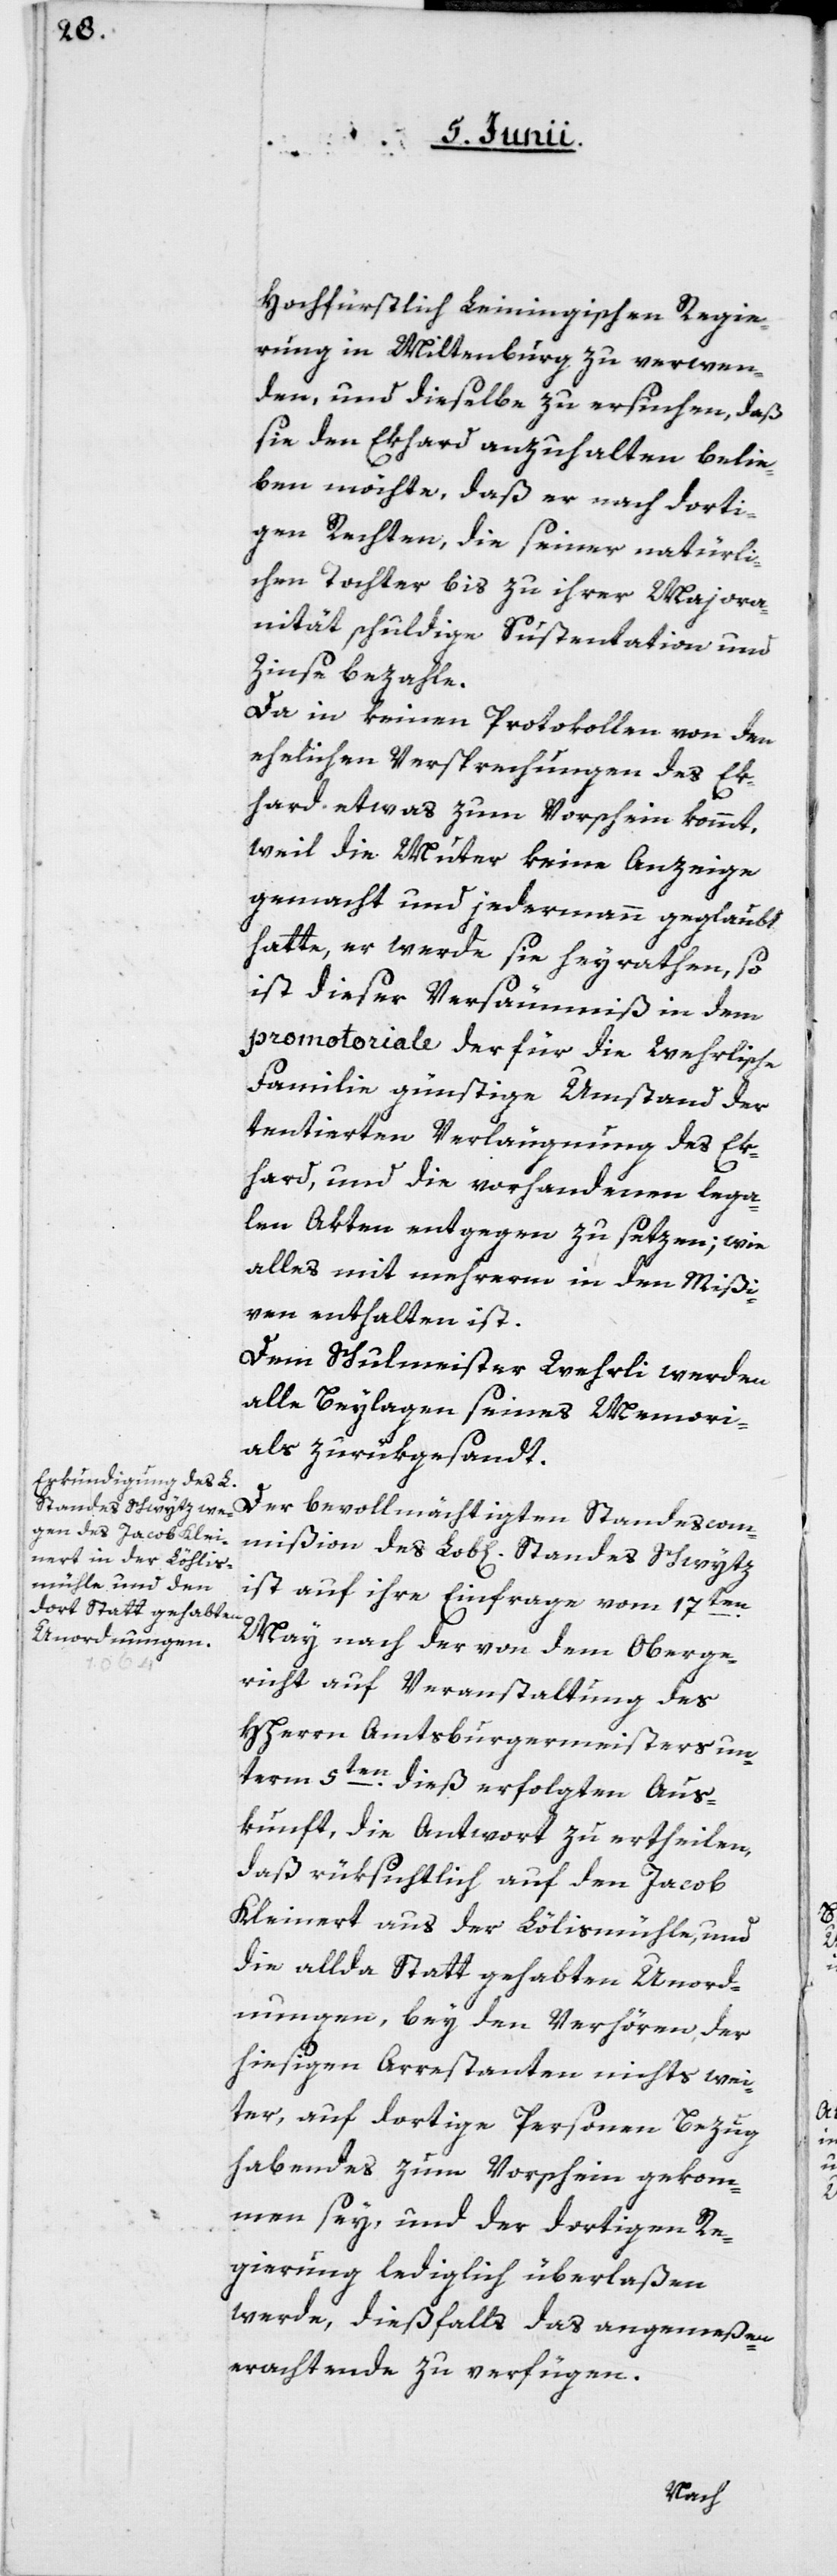
Hochfürstlich Leiningischen Regie¬
rung in Miltenburg zu verwen¬
den, und dieselbe zu ersuchen, daß
sie den Ekhard anzuhalten belie¬
ben möchte, daß er nach dorti¬
gen Rechten, die seiner natürli¬
chen Tochter bis zu ihrer Majora¬
nität schuldige Suspentation und
Zinse bezahle.
Da in keinen Protokollen von den
ehelichen Versprechungen des Ek¬
hard etwas zum Vorschein kommt,
weil die Mutter keine Anzeige
gemacht und jedermann geglaubt
hatte, er werde sie heyrathen, so
ist dieser Versäumniß in dem
promotoriale der für die Wehrlische
Familie günstige Umstand der
tentierten Verlängerung des Ek¬
hard, und die vorhandenen lega¬
len Akten entgegen zu setzen; wie
alles mit mehrerm in den Mißi¬
ven enthalten ist.
Dem Schulmeister Wehrli werden
alle Beylagen seines Memori¬
als zurükgesandt.
Der bevollmächtigten Standescom¬
mißion des Lob]lichen] Standes Schwytz
ist auf ihre Einfrage vom 17ten
May nach der von dem Oberge¬
richt auf Veranstaltung des
Hherrn Amtsburgermeisters un¬
term 5ten dieß erfolgten Aus¬
kunft, die Antwort zu ertheilen,
daß rüksichtlich auf den Jacob
Kleinert aus der Lölismühle, und
die allda Statt gehabten Unord¬
nungen, bey den Verhören, der
hiesigen Arrestanten nichts wei¬
ter, auf dortige Personen Bezug
habendes zum Vorschein gekom¬
men sey, und der dortigen Re¬
gierung lediglich überlaßen
werde, dießfalls das angemeßen
Erachtende zu verfügen.